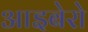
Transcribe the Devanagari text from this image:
आइबेरो